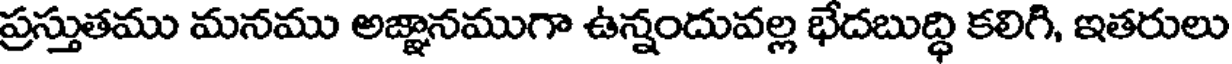
ప్రస్తుతము మనము అజ్ఞానముగా ఉన్నందువల్ల భేదబుద్ధి కలిగి, ఇతరులు